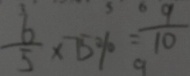
\frac { 6 } { 5 } \times 7 5 \% = \frac { 9 } { 1 0 }